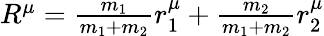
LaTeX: \begin{array}{r}{R^{\mu}=\frac{m_{1}}{m_{1}+m_{2}}r_{1}^{\mu}+\frac{m_{2}}{m_{1}+m_{2}}r_{2}^{\mu}}\end{array}